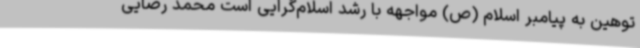
توهین به پیامبر اسلام (ص) مواجهه با رشد اسلام‌گرایی است محمد رضایی